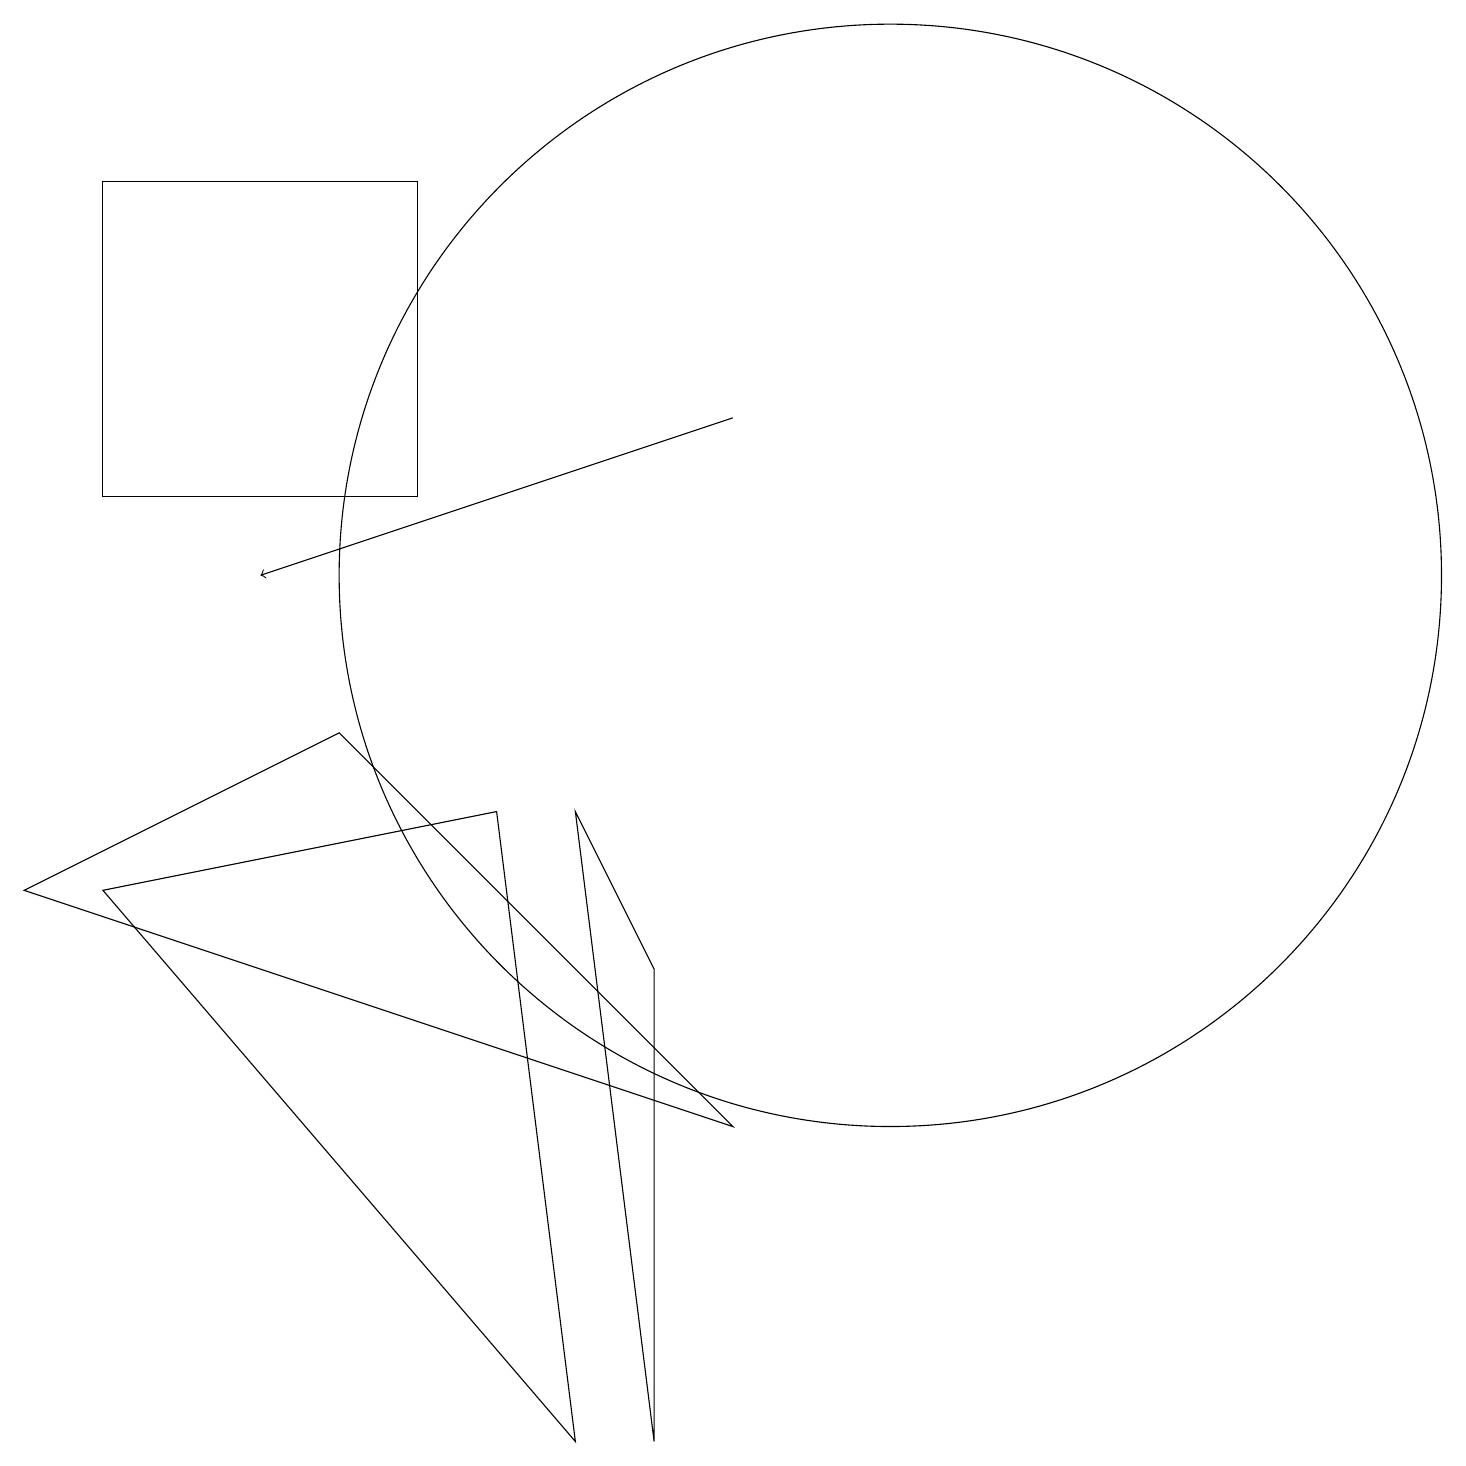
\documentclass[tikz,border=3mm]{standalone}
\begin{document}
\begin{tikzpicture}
\draw (8,6) -- (8,0) -- (7,8) -- cycle;
\draw (0,7) -- (9,4) -- (4,9) -- cycle;
\draw[->] (9,13) -- (3,11);
\draw (11,11) circle (7);
\draw (1,7) -- (6,8) -- (7,0) -- cycle;
\draw (1,12) rectangle (5,16);
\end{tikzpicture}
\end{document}